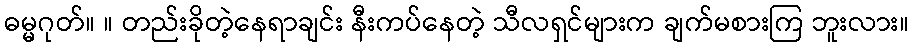
ဓမ္မဂုတ်။ ။ တည်းခိုတဲ့နေရာချင်း နီးကပ်နေတဲ့ သီလရှင်များက ချက်မစားကြ ဘူးလား။